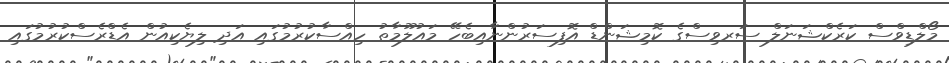
މޯލްޑިވްސް ކަރެކްޝަނަލް ސަރވިސްގެ ކޮމިޝަންޑް އޮފިސަރުންނާއިބެހޭ މައުލޫމާތު ހިއްސާކުރުމުގައި އަދި ލިޔެކިއުން އެޑްރެސްކުރުމުގައި